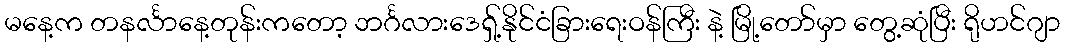
မနေ့က တနင်္လာနေ့တုန်းကတော့ ဘင်္ဂလားဒေရှ့်နိုင်ငံခြားရေးဝန်ကြီး နဲ့ မြို့တော်မှာ တွေ့ဆုံပြီး ရိုဟင်ဂျာ